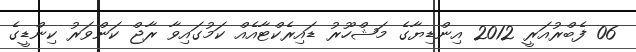
06 ފެބްރުއަރީ 2012 އިންޑިޔާގެ މަޝްހޫރު ޑައިރެކްޓާއެއް ކަމުގައިވާ ރާޖް ކަންވަރު ކިންޑީގެ